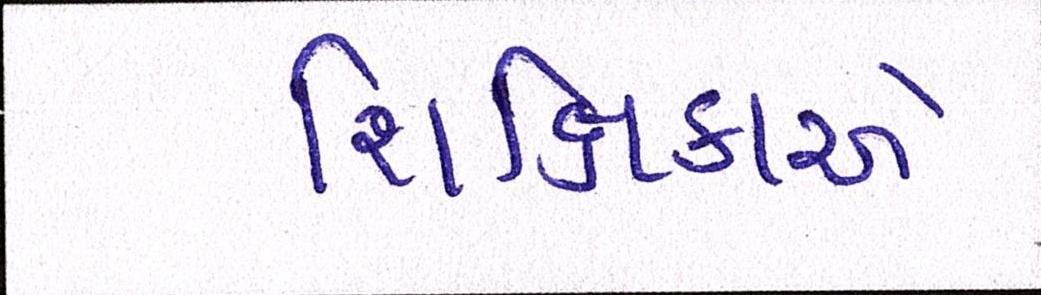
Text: શિક્ષિકાએ